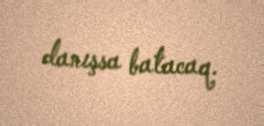
danışsa batacaq.